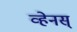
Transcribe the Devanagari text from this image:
व्हेनस्